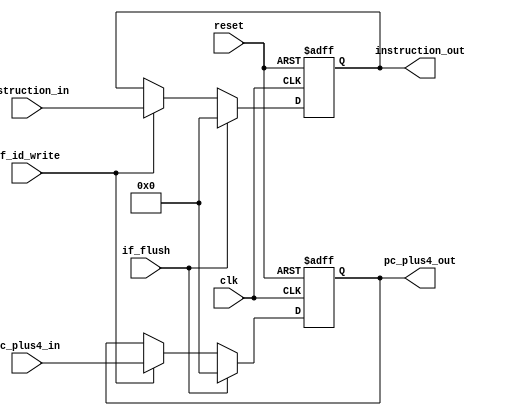
module if_id_stage_reg (pc_plus4_in, pc_plus4_out, instruction_in, instruction_out, if_id_write, if_flush, clk, reset);
	// 1. data content
	input [31:0] pc_plus4_in, instruction_in;
	output [31:0] pc_plus4_out, instruction_out;
	// 2. hazard control
	// if_id_write: sync; if (if_id_write==1'b0), do not update content at this rising edge
	// if_flush: sync; if (if_flush==1), clear ALL content, NOT ONLY control signals
	input if_id_write, if_flush;
	// 3. general contorl
	// reset: async; set all register content to 0
	input clk, reset;

	reg [31:0] pc_plus4_out, instruction_out;

	always @(posedge clk or posedge reset)
	begin
		if (reset==1'b1)
		begin
			pc_plus4_out <= 32'b0;
			instruction_out <= 32'b0;
		end
		else if (if_flush==1'b1)
		begin
			pc_plus4_out <= 32'b0;
			instruction_out <= 32'b0;
		end
		else if (if_id_write==1'b1)
		begin
			pc_plus4_out <= pc_plus4_in;
			instruction_out <= instruction_in;
		end

	end
	
endmodule